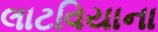
લાટવિયાના